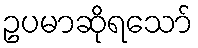
ဥပမာဆိုရသော်